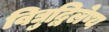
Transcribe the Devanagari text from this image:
विद्युद्विलेष्य